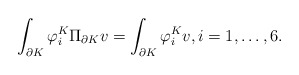
\begin{align*}\int_{\partial K}\varphi_i^K\Pi_{\partial K}v=\int_{\partial K}\varphi_i^Kv,i=1,\ldots,6.\end{align*}